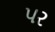
પર